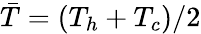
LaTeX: \bar{T}=(T_{h}+T_{c})/2